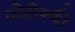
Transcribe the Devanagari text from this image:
जोसेफ्फी